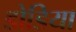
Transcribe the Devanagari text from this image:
डोडिया